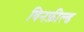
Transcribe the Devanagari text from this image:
विनफ़ील्ड